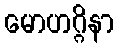
မောဟဂ္ဂိနာ